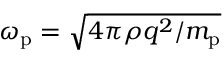
\omega _ { \mathrm { p } } = \sqrt { 4 \pi \rho q ^ { 2 } / m _ { \mathrm { p } } }